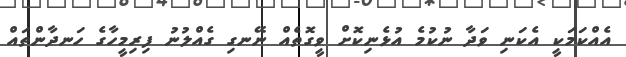
އެއްކަމަކީ އެކަނި ވަދާ ނުކުމެ އުޅެނިކޮށް ވީގޮތެއް ނޭނގި ގެއްލުނު ފިރިމީހާގެ ހަނދާންތައް